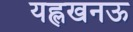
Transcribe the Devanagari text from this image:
यह्लखनऊ